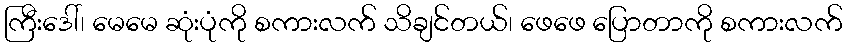
ကြီးဒေါ်၊ မေမေ ဆုံးပုံကို စကားလက် သိချင်တယ်၊ ဖေဖေ ပြောတာကို စကားလက်